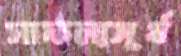
সাফল্যসূর্য